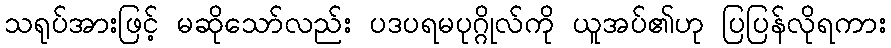
သရုပ်အားဖြင့် မဆိုသော်လည်း ပဒပရမပုဂ္ဂိုလ်ကို ယူအပ်၏ဟု ပြပြန်လိုရကား